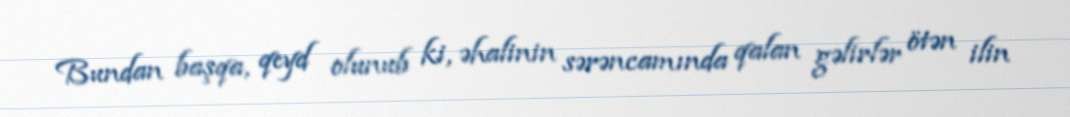
Bundan başqa, qeyd olunub ki, əhalinin sərəncamında qalan gəlirlər ötən ilin